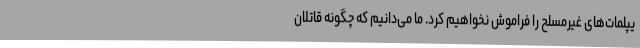
یپلمات‌های غیرمسلح را فراموش نخواهیم کرد. ما می‌دانیم که چگونه قاتلان